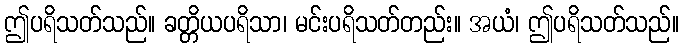
ဤပရိသတ်သည်။ ခတ္တိယပရိသာ၊ မင်းပရိသတ်တည်း။ အယံ၊ ဤပရိသတ်သည်။